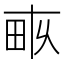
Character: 𤱑